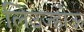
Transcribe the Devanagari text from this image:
लिउज्होऊ